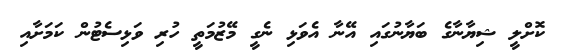
ކޮށްލީ ޝިޔާނާގެ ބަޔާނުގައި އޭނާ އެވަޅި ނެގީ މޭޒުމަތީ ހުރި ވަޅިސެޓުން ކަމަށާއި